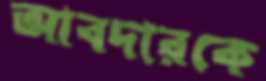
আবদারকে